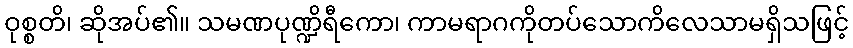
ဝုစ္စတိ၊ ဆိုအပ်၏။ သမဏပုဏ္ဍိရီကော၊ ကာမရာဂကိုတပ်သောကိလေသာမရှိသဖြင့်